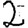
Digit: 2